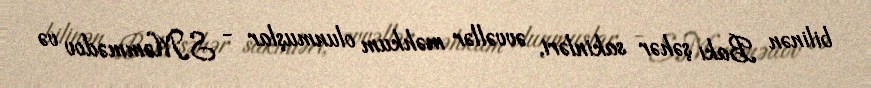
bilinən Bakı şəhər sakinləri, əvvəllər məhkum olunmuşlar - S.Məmmədov və